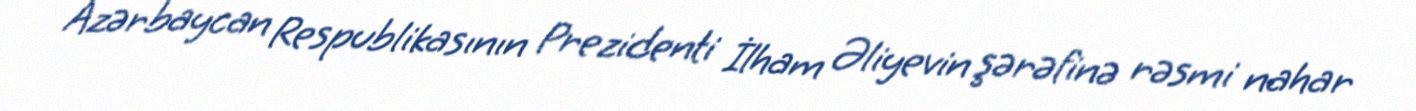
Azərbaycan Respublikasının Prezidenti İlham Əliyevin şərəfinə rəsmi nahar